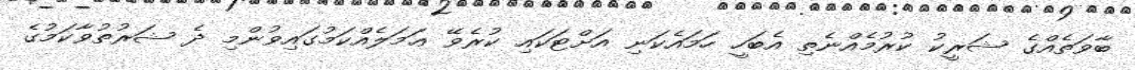
ބާވަތެއްގެ ޝަރީކު ކުރުމެއްނެތި އެބަހީ ހަމައެކަނި އަށްޓަކައި ކުރެވޭ ޢަމަލެއްކަމުގައިވުންމި ދެ ޝަރުތުވާކަމުގެ